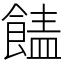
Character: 䭍